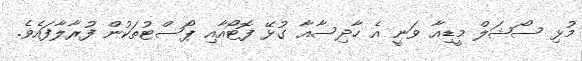
މުޅި ސޯޝަލް މީޑިއާ ވަނީ އެ ހާދިސާއާ ގުޅޭ ފޮޓޯއާއި ޕޯސްޓުތަކުން ފުރާލާފައެވެ.